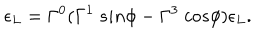
\epsilon _ { L } = \Gamma ^ { 0 } ( \Gamma ^ { 1 } ~ s i n \phi - \Gamma ^ { 3 } ~ c o s \phi ) \epsilon _ { L } .